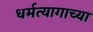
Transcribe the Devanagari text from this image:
धर्मत्यागाच्या